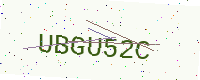
Text: UBGU52C